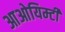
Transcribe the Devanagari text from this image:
आओयिम्टी